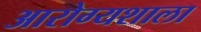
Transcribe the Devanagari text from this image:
आरोग्यशाला